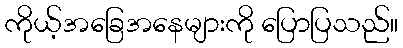
ကိုယ့်အခြေအနေများကို ပြောပြသည်။